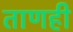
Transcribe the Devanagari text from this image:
ताणही